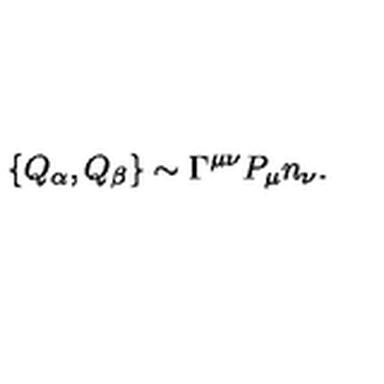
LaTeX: \{ Q _ { \alpha } , Q _ { \beta } \} \sim \Gamma ^ { \mu \nu } P _ { \mu } n _ { \nu } .